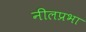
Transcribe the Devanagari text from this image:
नीलप्रभा